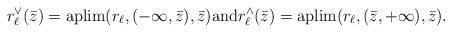
LaTeX: \begin{align*} r_{\ell}^{\vee}(\bar{z}) = \mbox{aplim} (r_{\ell}, (- \infty, \bar{z}) , \bar{z}) \mbox{and} r_{\ell}^{\wedge} (\bar{z} ) = \mbox{aplim} (r_{\ell}, ( \bar{z} , + \infty), \bar{z} ).\end{align*}